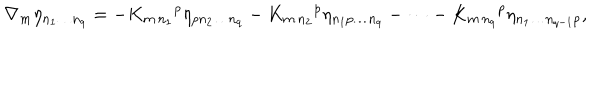
\nabla _ { m } \eta _ { n _ { 1 } \dots n _ { q } } = - K _ { m \, n _ { 1 } } { } ^ { p } \eta _ { p n _ { 2 } \dots n _ { q } } - K _ { m \, n _ { 2 } } { } ^ { p } \eta _ { n _ { 1 } p \dots n _ { q } } - \dots - K _ { m \, n _ { q } } { } ^ { p } \eta _ { n _ { 1 } \dots n _ { q - 1 } p } ,